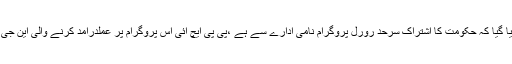
میڈیا نے سوالات اٹھائے تو یہ جواب دیا گیا کہ حکومت کا اشتراک سرحد رورل پروگرام نامی ادارے سے ہے ،پی پی ایچ آئی اس پروگرام پر عملدرآمد کرنے والی این جی او ہے جس سے ہمارا کوئی تعلق نہیں۔